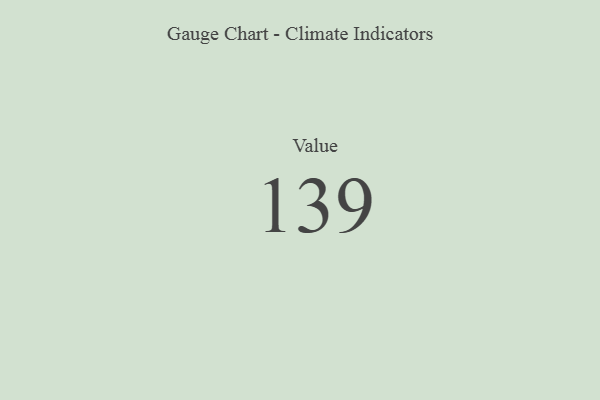
{"axis": {"x": "Metric", "y": "Value"}, "legend": [""], "data": [{"x": "Value", "y": 139, "type": ""}]}